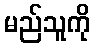
မည်သူကို